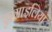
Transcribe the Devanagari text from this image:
एस्माइलियां